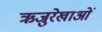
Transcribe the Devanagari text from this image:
ऋजुरेखाओं